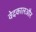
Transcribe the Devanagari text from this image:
वेदकालऔर